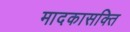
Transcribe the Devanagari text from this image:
मादकासक्ति